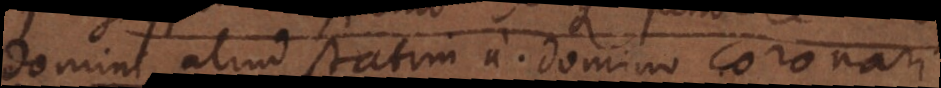
Domini aliud statim a Domino coronari.